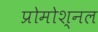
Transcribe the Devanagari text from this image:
प्रोमोश्नल